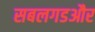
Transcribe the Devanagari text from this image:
सबलगडऔर